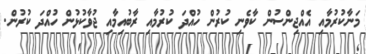
މަނާކުރުމާއި އެއްޖިންސުން ކާވެނި ކުރުން ހުއްދަ ކުރުމާއި ރާބުއިމާއި ޖުވާކުޅުން ހުއްދަ ކުރުން.